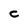
Character: C